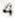
4